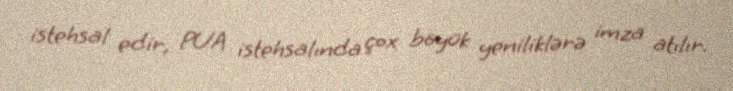
istehsal edir, PUA istehsalında çox böyük yeniliklərə imza atılır.